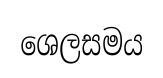
ශෙලසමය